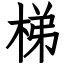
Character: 梯